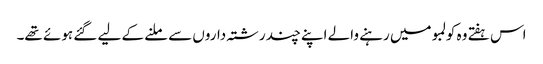
اس ہفتے وہ کولمبو میں رہنے والے اپنے چند رشتہ داروں سے ملنے کے لیے گئے ہوئے تھے۔